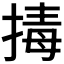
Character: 𭡡